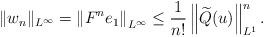
LaTeX: \begin{align*}\|w_n\|_{L^{\infty}}= \left\| F^n e_1 \right\|_{L^{\infty}} \leq \frac{1}{n!}\left\|\widetilde{Q}(u)\right\|_{L^1}^n.\end{align*}